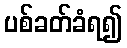
ပစ်ခတ်ခံရ၍